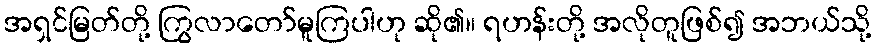
အရှင်မြတ်တို့ ကြွလာတော်မူကြပါဟု ဆို၏။ ရဟန်းတို့ အလိုတူဖြစ်၍ အဘယ်သို့